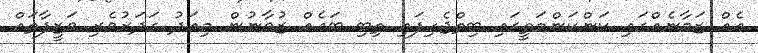
އެއް ޒަމާނެއްގައި ކަންކަންމަތީގައި ބިތްޖެހިފައި ތިބި ބައެއް ޒުވާނުން މިއަދު ގަދަރުވެރި ވަޒީފާތައް